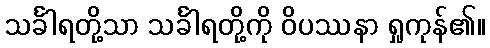
သင်္ခါရတို့သာ သင်္ခါရတို့ကို ဝိပဿနာ ရှုကုန်၏။